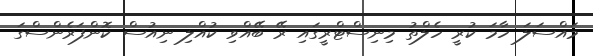
މައްސަލަ ހާމަ ކުރީ ހެލްތު މިނިސްޓްރީގައި ރޭ ބޭއްވި ކުއްލި ނިއުސް ކޮންފަރެންސްގަ